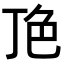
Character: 𬻖